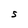
Character: S